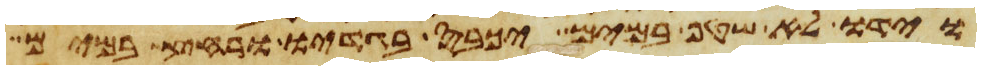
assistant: וידו לא שטף במים יכבס בגדיו ורחץ במים